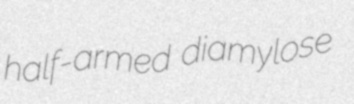
half-armed diamylose